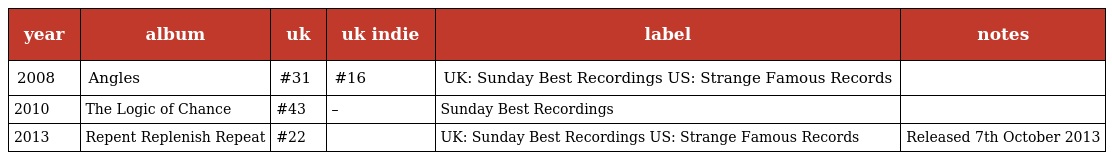
| year | album | uk | uk indie | label | notes |
 | --- | --- | --- | --- | --- | --- |
 | 2008 | Angles | #31 | #16 | UK: Sunday Best Recordings US: Strange Famous Records |  |
 | 2010 | The Logic of Chance | #43 | – | Sunday Best Recordings |  |
 | 2013 | Repent Replenish Repeat | #22 |  | UK: Sunday Best Recordings US: Strange Famous Records | Released 7th October 2013 |